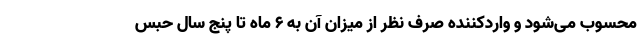
محسوب می‌شود و واردکننده صرف نظر از میزان آن به ۶ ماه تا پنج سال حبس